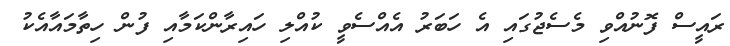
ރައީސް ފޮނުއްވި މެސެޖުގައި އެ ހަބަރު އެއްސެވީ ކުއްލި ހައިރާންކަމާއި ފުން ހިތާމައާއެކު